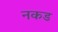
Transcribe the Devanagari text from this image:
नकड